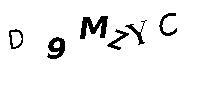
D9MZYC